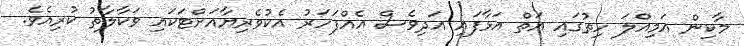
މާކިން އަމިއްލަ ހިތުގައި އަތް އަޅާފައި އަދިވެސް އެއްފަހަރު އެކުވެރިޔާއަށްޓަކައި ވަކާލާތު ކުރިއެވެ.